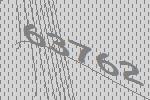
63762